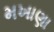
મખાણા